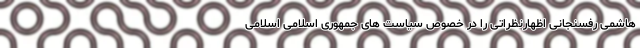
هاشمی رفسنجانی اظهارنظراتی را در خصوص سیاست های جمهوری اسلامی اسلامی